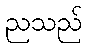
ညသည်